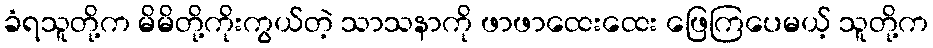
ခံရသူတို့က မိမိတို့ကိုးကွယ်တဲ့ သာသနာကို ဖာဖာထေးထေး ဖြေကြပေမယ့် သူတို့က